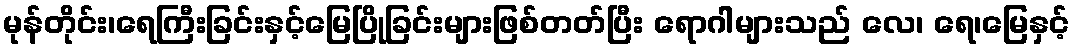
မုန်တိုင်း၊ရေကြီးခြင်းနှင့်မြေပြိုခြင်းများဖြစ်တတ်ပြီး ရောဂါများသည် လေ၊ ရေ၊မြေနှင့်